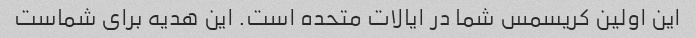
این اولین کریسمس شما در ایالات متحده است. این هدیه برای شماست